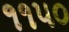
૧૧૫૦